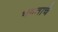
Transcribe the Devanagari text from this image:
भगताचे